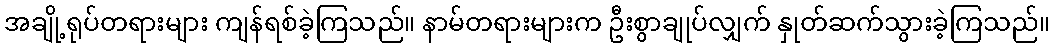
အချို့ရုပ်တရားများ ကျန်ရစ်ခဲ့ကြသည်။ နာမ်တရားများက ဦးစွာချုပ်လျှက် နှုတ်ဆက်သွားခဲ့ကြသည်။